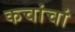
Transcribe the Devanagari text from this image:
कचांचां